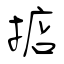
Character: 掂